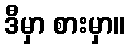
ဒီမှာ စားမှာ။